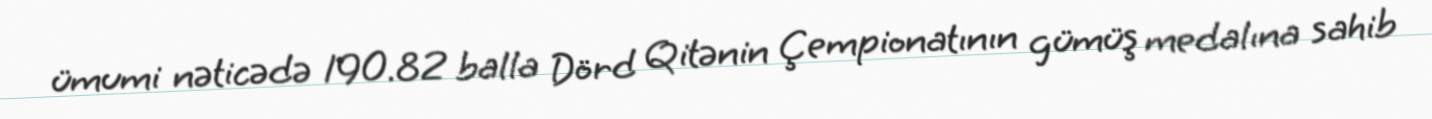
ümumi nəticədə 190.82 balla Dörd Qitənin Çempionatının gümüş medalına sahib